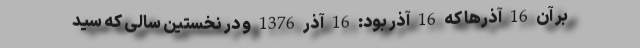
بر آن 16 آذرها که 16 آذر بود: 16 آذر 1376 و در نخستین سالی که سید